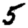
Digit: 5